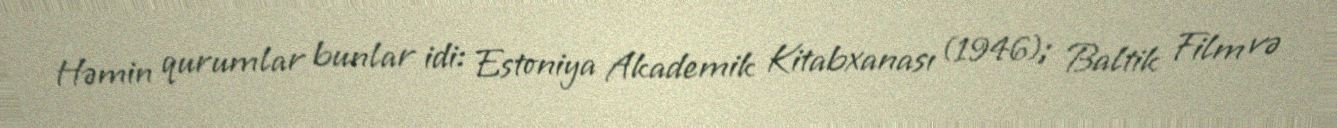
Həmin qurumlar bunlar idi: Estoniya Akademik Kitabxanası (1946); Baltik Film və